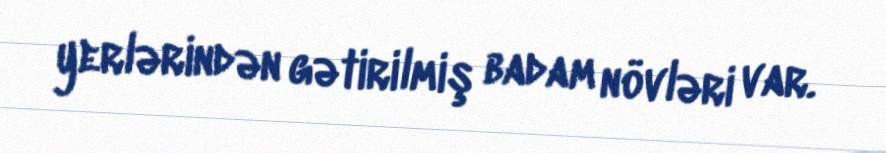
yerlərindən gətirilmiş badam növləri var.